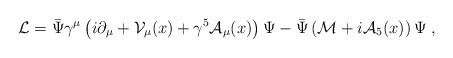
\begin{align*}{\cal L} = \bar\Psi\gamma^\mu\left(i\partial_\mu +{\cal V}_\mu(x)+\gamma^5 {\cal A}_\mu(x)\right)\Psi -\bar\Psi \left( {\cal M}+i{\cal A}_5(x)\right )\Psi \;,\end{align*}